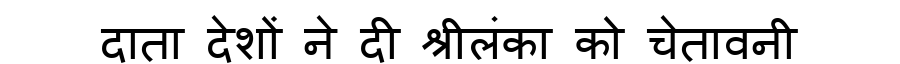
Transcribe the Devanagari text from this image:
दाता देशों ने दी श्रीलंका को चेतावनी